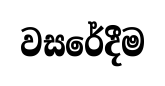
වසරේදීම